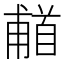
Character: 𬳗